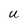
Character: U